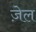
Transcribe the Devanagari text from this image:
जे़ल